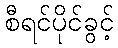
စီရင်ပိုင်ခွင့်